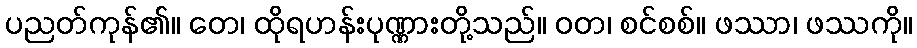
ပညတ်ကုန်၏။ တေ၊ ထိုရဟန်းပုဏ္ဏားတို့သည်။ ဝတ၊ စင်စစ်။ ဖဿာ၊ ဖဿကို။